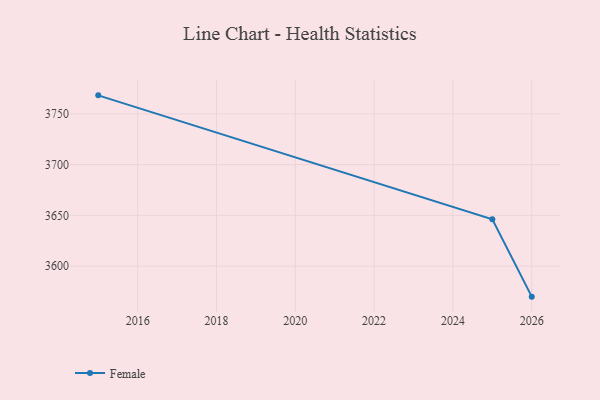
{"axis": {"x": "Year", "y": "Website Visitors"}, "legend": ["Female"], "data": [{"x": "2015", "y": 3768.2, "type": "Female"}, {"x": "2025", "y": 3646.1, "type": "Female"}, {"x": "2026", "y": 3569.9, "type": "Female"}]}